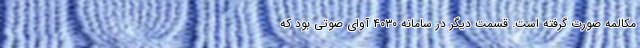
مکالمه صورت گرفته است. قسمت دیگر در سامانه ۴۰۳۰ آوای صوتی بود که